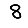
Digit: 8